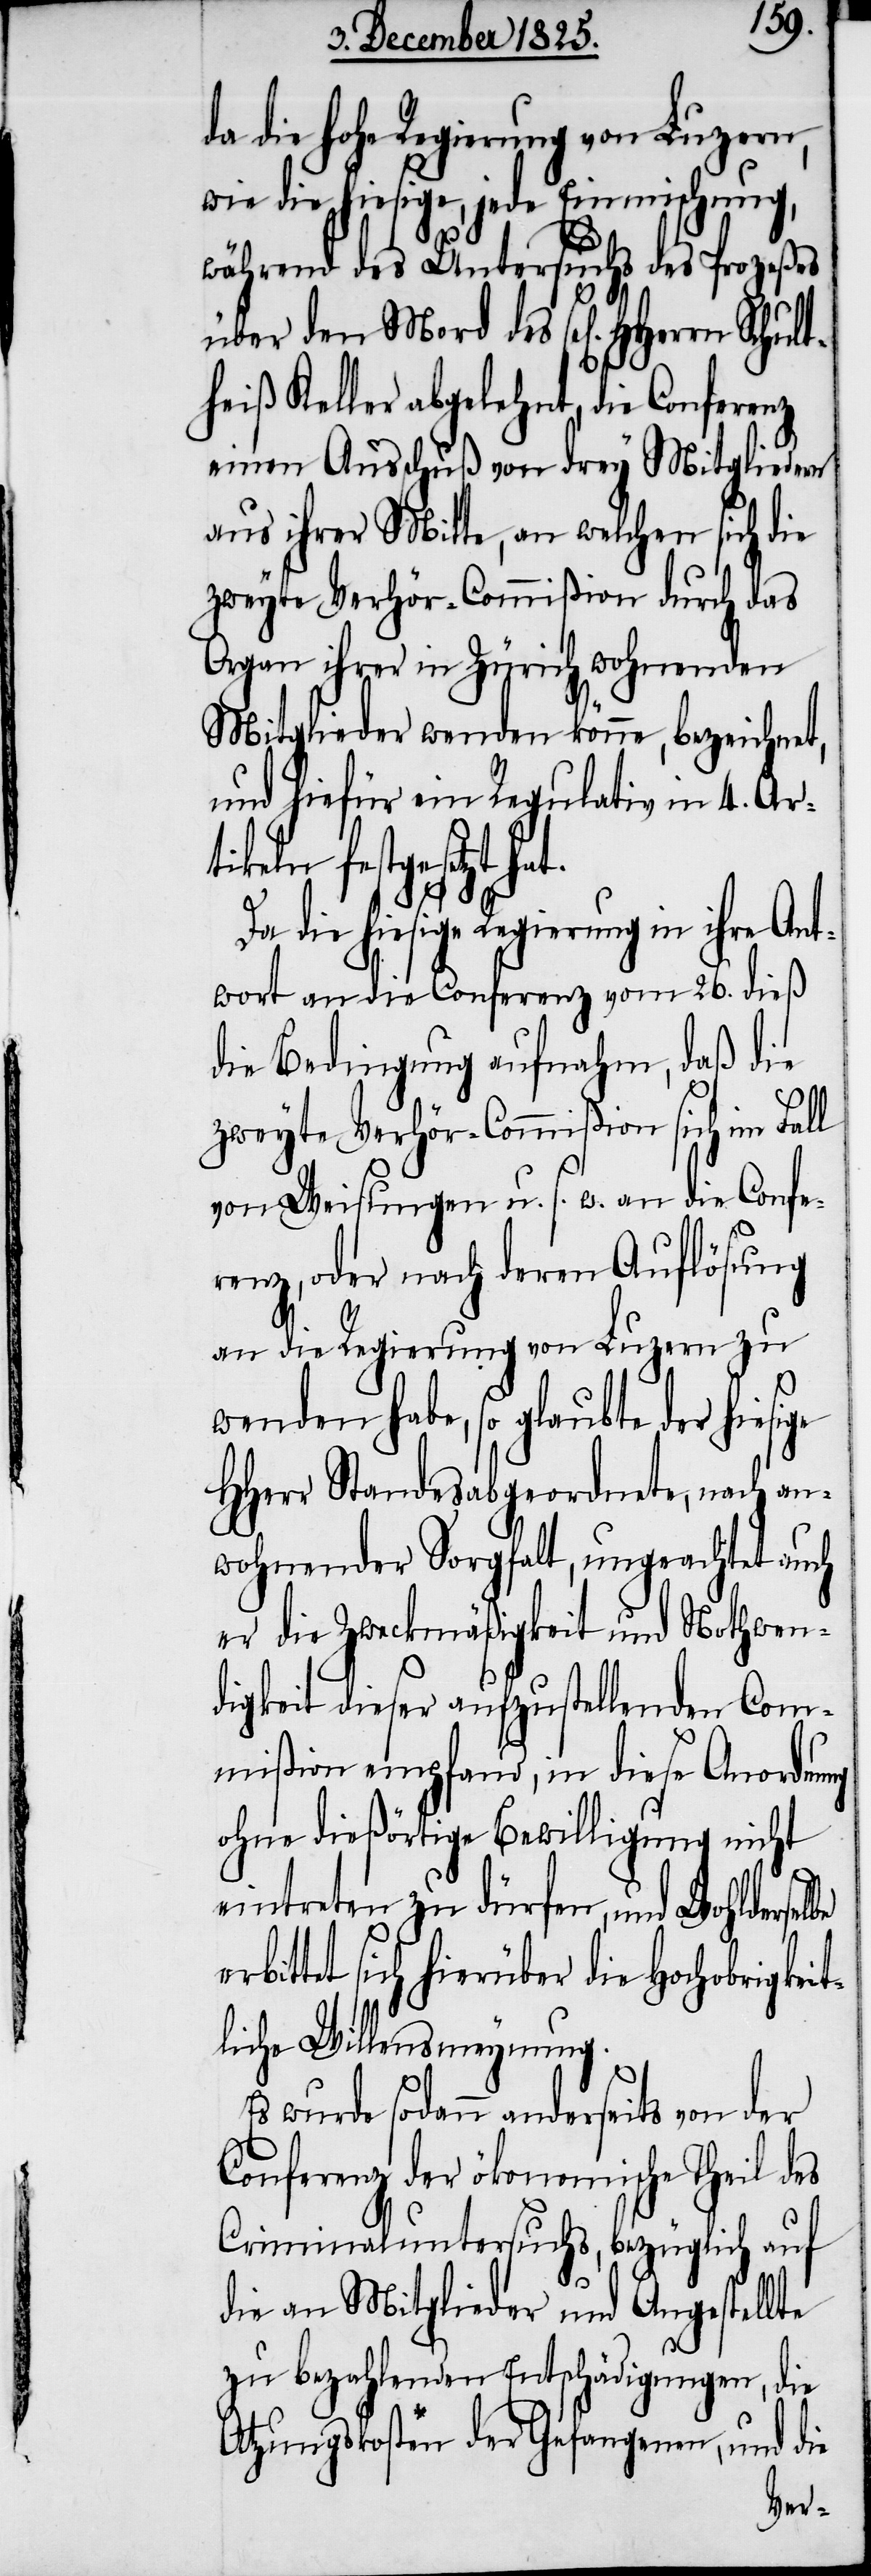
da die hohe Regierung von Luzern,
wie die hiesige, jede Einmischung,
während des Untersuchs des Prozeßes
über den Mord des sel[igen] HHer¬
heiß Keller abgelehnt, die Conferenz
einen Ausschuß von drey Mitgliedern
aus ihrer Mitte, an welchen sich die
zweyte Verhör-Commißion durch das
Organ ihrer in Zürich wohnenden
Mitglieder wenden können, bezeichnet,
und hiefür ein Regulativ in 4. Art¬
ikeln festgesetzt
die hiesige Regierung in ihre Ant¬
wort an die Conferenz vom 26. dieß
die Bedingung aufnahm, daß die
zweyte Verhör-Commißion sich im Fall
von Weisungen u. s. w. an die Confe¬
renz, oder nach deren Auflösung
an die Regierung von Luzern zu
wenden habe, so glaubte der
HHerr Standesabgeordnete, nach an¬
wohnender Sorgfalt, ungeachtet auch
er die Zweckmäßigkeit und Nothwen¬
digkeit dieser aufzustellenden Com¬
mißion empfand, in diese Anordnung
ohne dießörtige Bewilligung nicht
eintreten zu dürfen, und Wohlderselbe
bittet sich hierüber die Hochobrigkei¬
tliche Willensmeynung.
Es wurde sodann anderseits von der
Conferenz der ökonomische Theil des
Criminaluntersuchs, bezüglich auf
die an Mitglieder und Angestellte
zu bezahlenden Entschädigungen, die
Atzungskosten der Gefangenen, und die
er¬